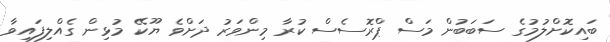
ބައިކޮށްލުމުގެ ސަބަބުން މަސް ޕްރޮސެސް ކުރާ މިންވަރު ދަށްވެ ޔޫކޭ މުޅިން ގެއްލިފައިވާ